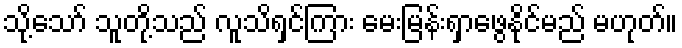
သို့သော် သူတို့သည် လူသိရှင်ကြား မေးမြန်းရှာဖွေနိုင်မည် မဟုတ်။